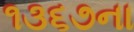
૧૩૬૭ના